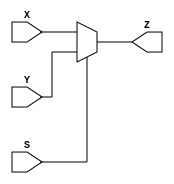
`timescale 1ns / 1ps

module behavioral_mux(X, Y, S, Z);

// Define external wires
input wire [1:0] X;
input wire [1:0] Y;
input wire [0:0] S;
output reg [1:0] Z;

// Logic
always @(X or Y or S)
begin
    if(S == 0)
        Z = X;
    else
        Z = Y; 
end

endmodule